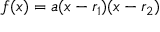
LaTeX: f ( x ) = a ( x - r _ { 1 } ) ( x - r _ { 2 } ) \,